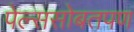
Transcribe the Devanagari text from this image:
पेल्ससोबतपण